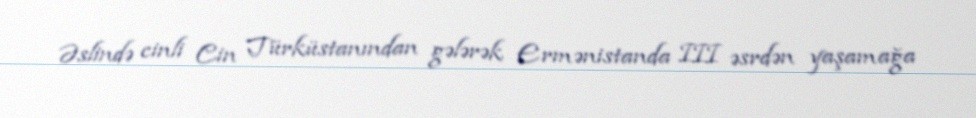
Əslində cinli Cin Türküstanından gələrək Ermənistanda III əsrdən yaşamağa